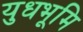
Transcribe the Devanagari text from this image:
युधभूमि